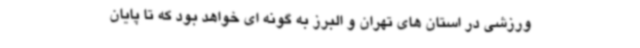
ورزشی در استان های تهران و البرز به گونه ای خواهد بود که تا پایان